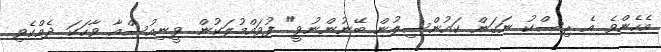
އެހެންވެ އެ ރިސްކު ނަގަން ކައުންސިލުން ބޭނުންނުވީ" ފުވައްމުލަކުން ވީނިއުސްއާ ވާހަކަ ދެއްކެވި